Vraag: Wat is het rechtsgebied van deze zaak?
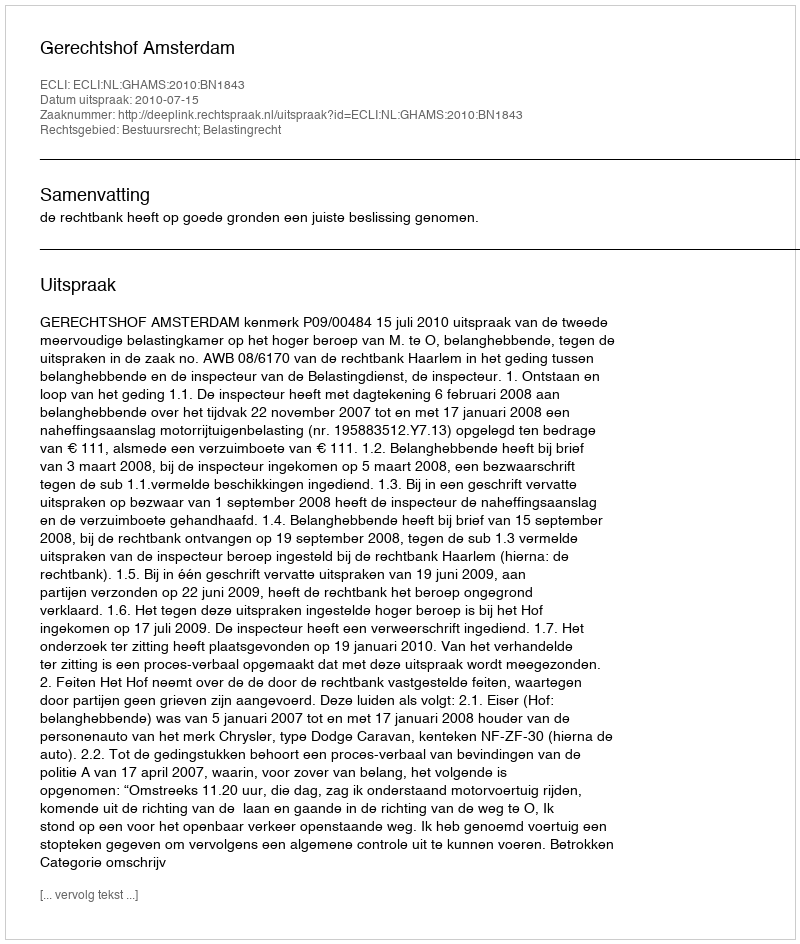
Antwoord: Bestuursrecht; Belastingrecht